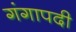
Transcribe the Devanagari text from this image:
गंगापदी